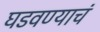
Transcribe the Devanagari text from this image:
घडवण्याचं